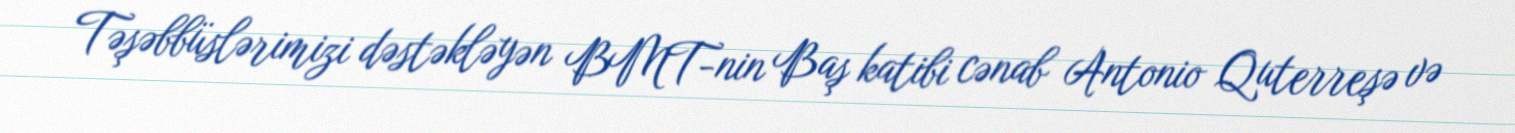
Təşəbbüslərimizi dəstəkləyən BMT-nin Baş katibi cənab Antonio Quterreşə və